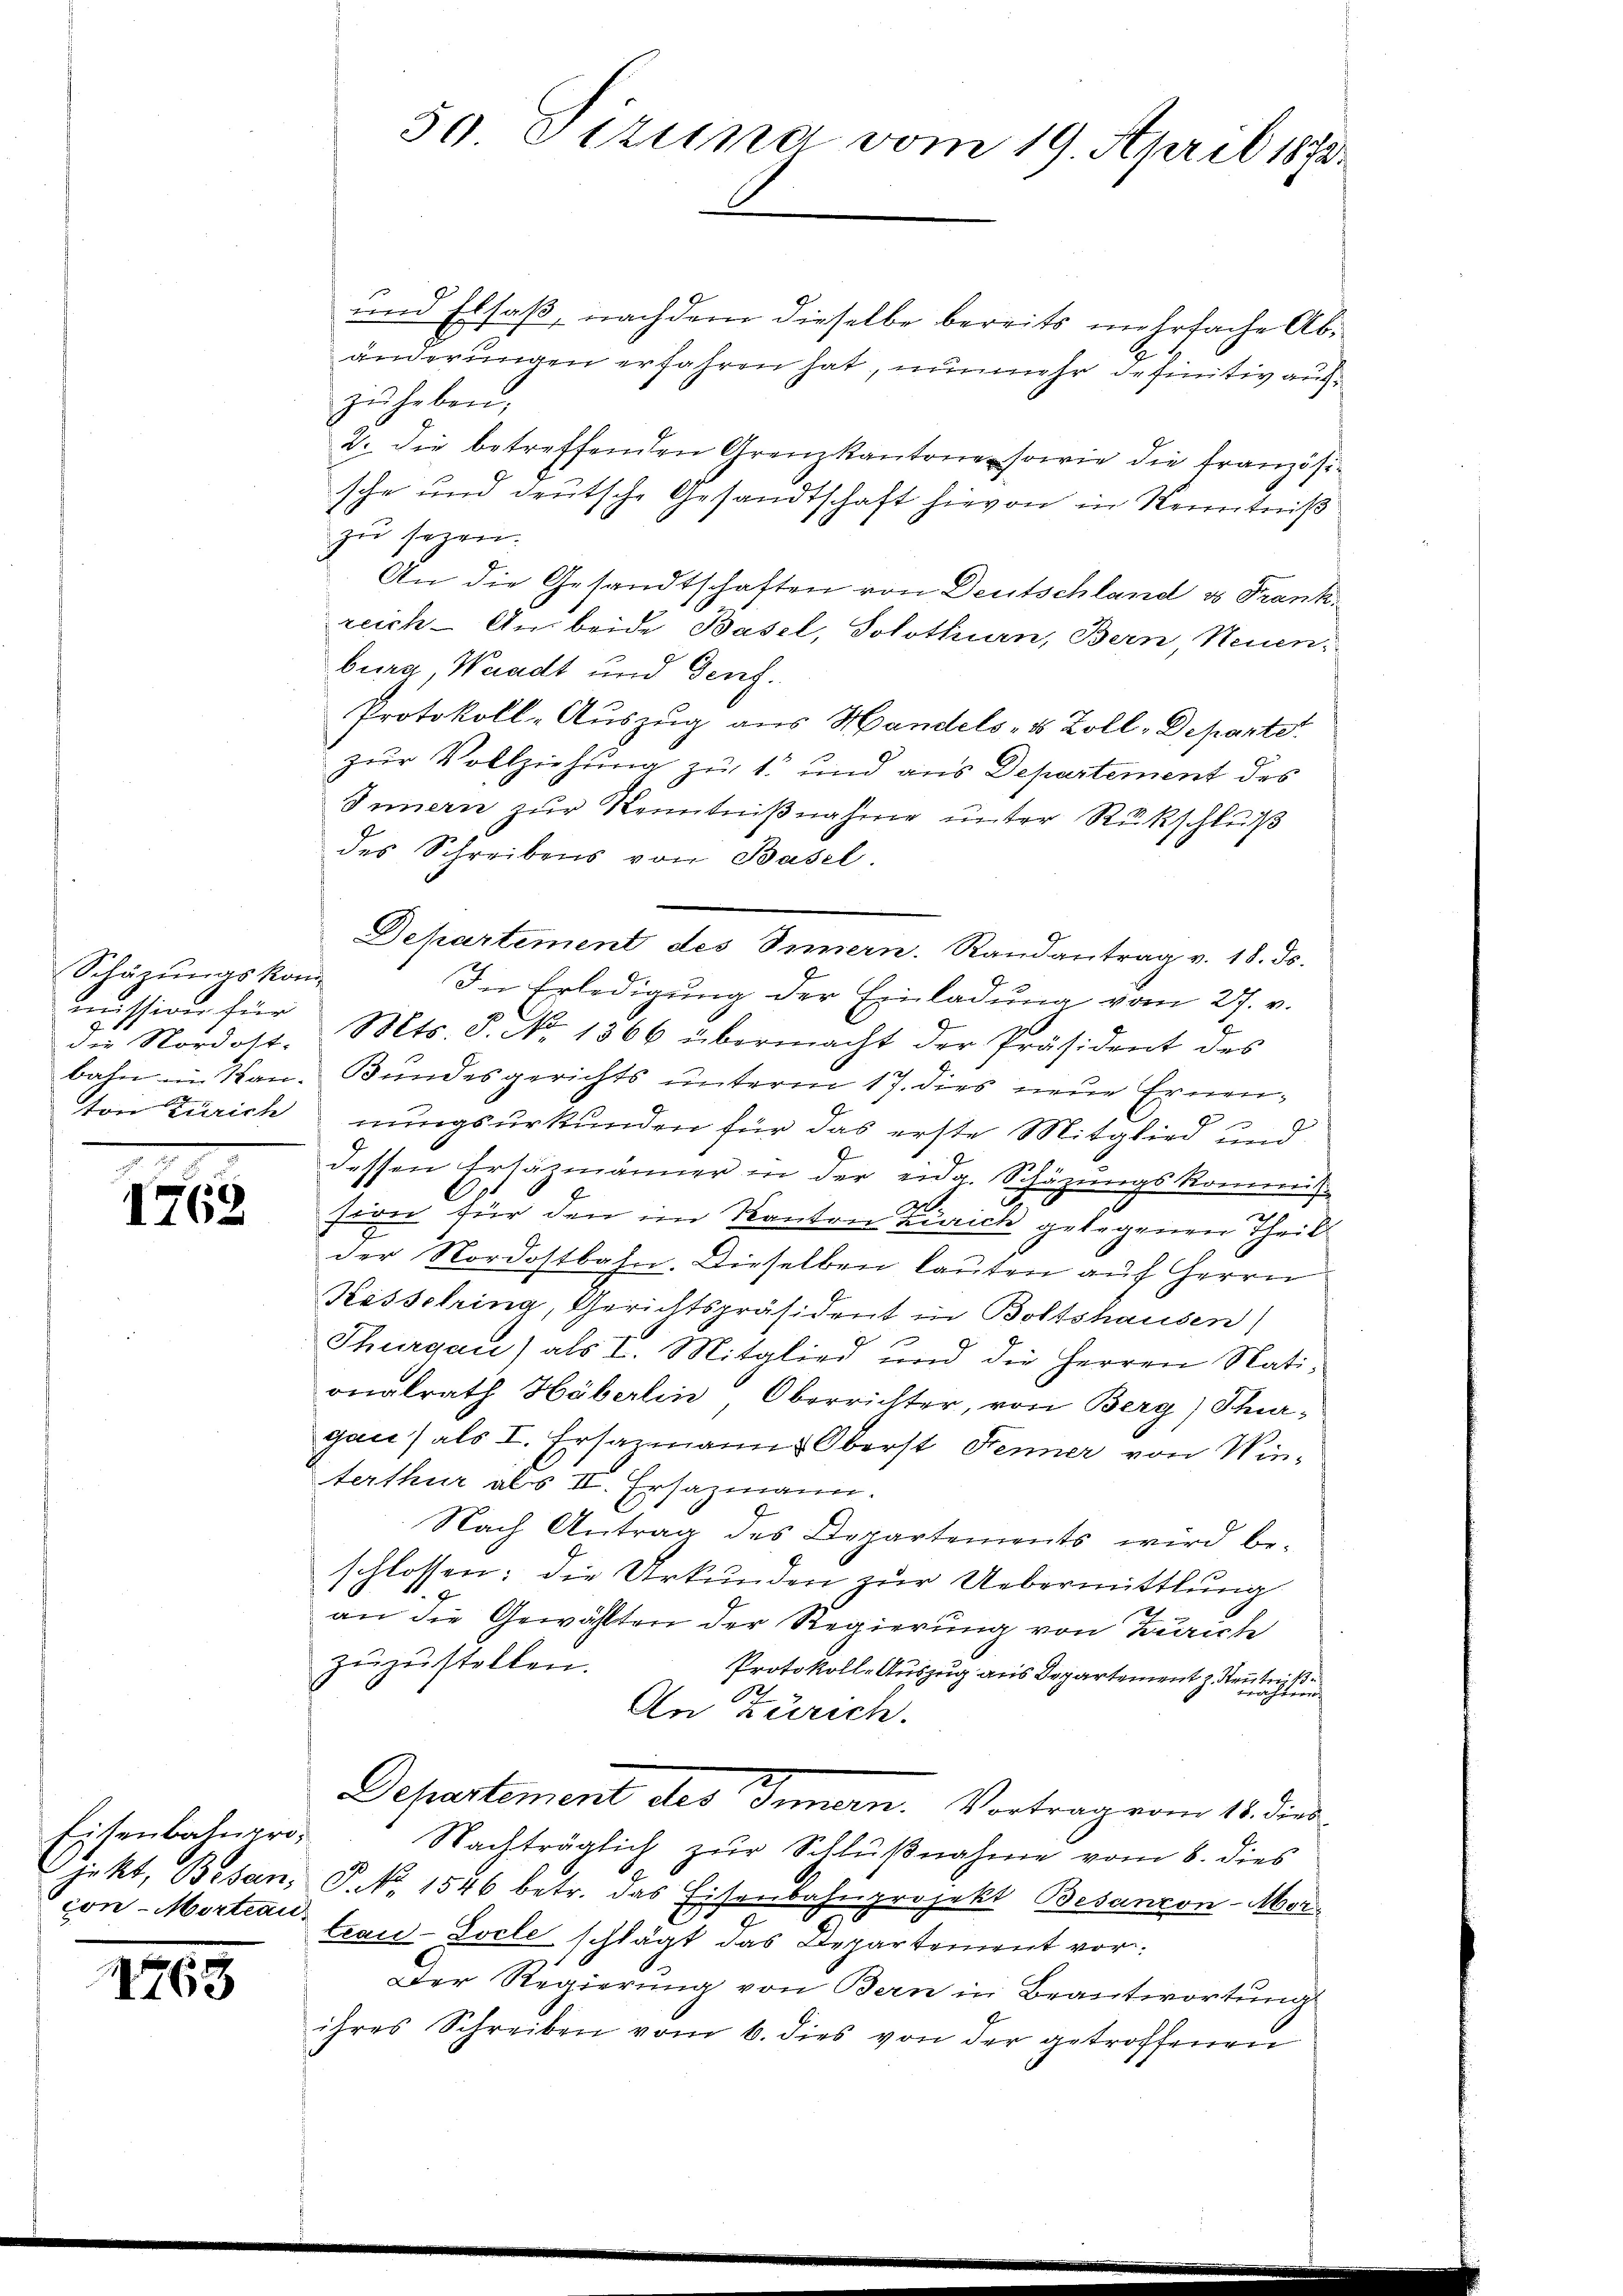
Schäzungskom
ssinis für

1762

Eisenbahnprocon-Mortrau

I763

59 Tizung vom 19. April 1890.

und Elsaß, nachdem dieselbe bereits mehrfache Abänderungen erfahren hat, nunmehr definitiv aufzŭheben,
2. die betreffenden Grenzkantone sowie die französische und deutsche Gesandtschaft hievon in Kenntniß
zu sezen.
An die Gesandtschaften von Deutschland u Frankreich. An beide Basel, Solothurn, Bern, Neuenburg Waadt und Genf.
Protokoll-Auszug aus Handels- & Zoll-Departe
zur Vollziehung zu 1. und aus Departement des
Innern zur Kenntnißnahme unter Rückschluß
des Schreibens von Basel.
In Erledigung der Einladung vom 27. v.
die Nordost. Mts. S. No. 1366 übermacht der Präsident des
bahn im Kan- Bundesgerichts unterm 17. dies neue Ernen-
Von Zürichnungsurkunden für das erste Mitglied und
dessen Ersäzmänner in der eidg. Schäzungskommis-
sion für den im Kanton Zürich gelegenen Theil
der Nordostbahn. Dieselben lauten auf Herrn
Kesselring, Gerichtspräsident in Boltshausen)
F
Thurgau) als I. Mitglied und die Herren Nationalrath Höberlin, Oberrichter, von Berg) Schur-
gan (als I. Ersazmanns Oberst Fenner von Winterthur als II. Ersazmann.
Nach Antrag des Departements wird be-
schlossen: die Urkunden zur Uebermittlung
an die Gewählten der Regierung von Zürich
zŭzŭstellen.
Protokoll-Auszug aus Departement z. Heute
2
An Zürich.
Departement des Innern. Vortrag vom 1. die
Nachträglich zur Schlußnahme vom 8. dies
jekt, Besan. P. N. 1546 betr. das Eisenbahnprojekt Besanzon-Mortraid-Locle schlägt das Departement vor¬
Der Regierung von Bern in Beantwortung
ihres Schreiben vom 6. dies von der getroffenen

Departement des Innern. Randantrag v. 18. ds.